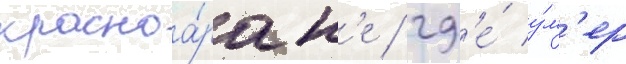
красноа́рск'е / гд'е́ у́м'ер